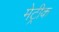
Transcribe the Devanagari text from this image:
मेट्रीक